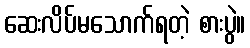
ဆေးလိပ်မသောက်ရတဲ့ စားပွဲ။